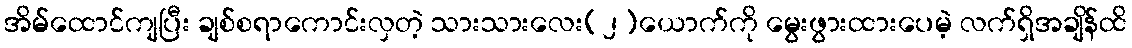
အိမ်ထောင်ကျပြီး ချစ်စရာကောင်းလှတဲ့ သားသားလေး(၂)ယောက်ကို မွေးဖွားထားပေမဲ့ လက်ရှိအချိန်ထိ